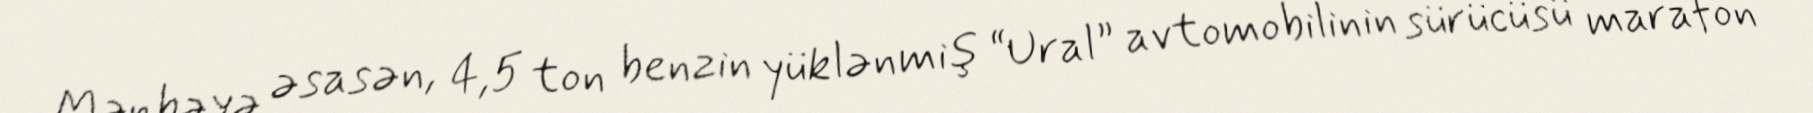
Mənbəyə əsasən, 4,5 ton benzin yüklənmiş “Ural” avtomobilinin sürücüsü marafon